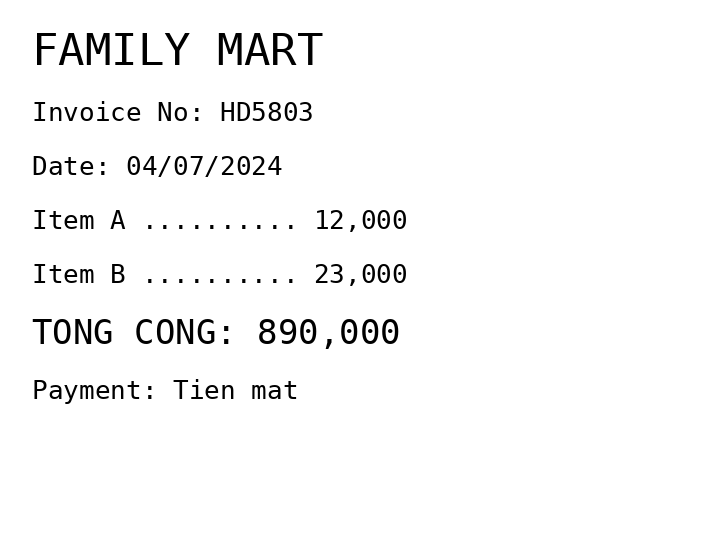
FAMILY MART
Invoice No: HD5803
Date: 04/07/2024
Item A .......... 12,000
Item B .......... 23,000
TONG CONG: 890,000
Payment: Tien mat
Merchant: family mart
Date: 2024-07-04
Total: 890000
Invoice No: HD5803
Payment method: CASH